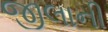
જીલાની